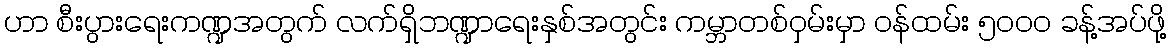
ဟာ စီးပွားရေးကဏ္ဍအတွက် လက်ရှိဘဏ္ဍာရေးနှစ်အတွင်း ကမ္ဘာတစ်ဝှမ်းမှာ ဝန်ထမ်း ၅၀၀၀ ခန့်အပ်ဖို့